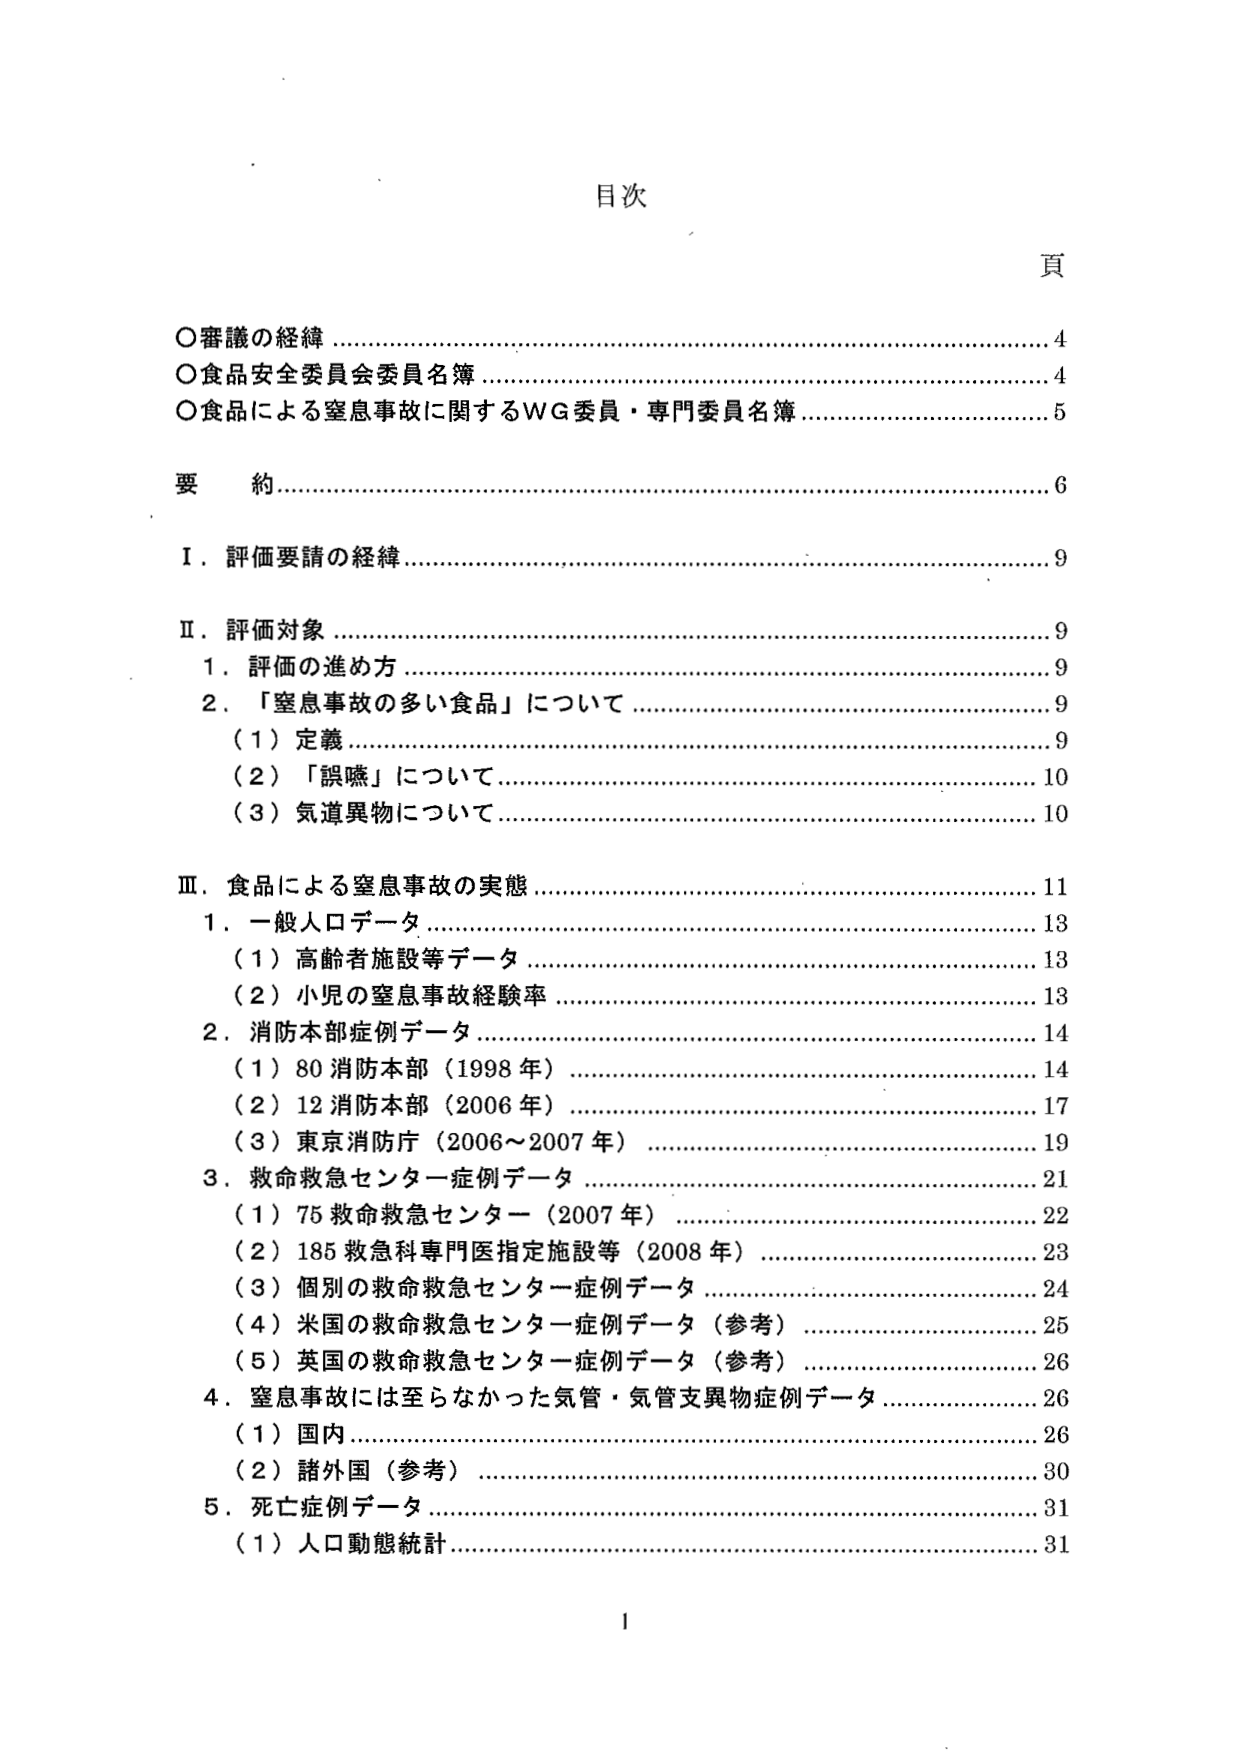
目次

頁

○審議の経緯……………………………………………………………4
○食品安全委員会委員名簿…………………………………………4
○食品による窒息事故に関するWG委員・専門委員名簿…………5

要 約……………………………………………………………………6

Ⅰ．評価要請の経緯……………………………………………………9

Ⅱ．評価対象……………………………………………………………9
　1．評価の進め方……………………………………………………9
　2．「窒息事故の多い食品」について……………………………9
　　（1）定義…………………………………………………………9
　　（2）「誤嚥」について…………………………………………10
　　（3）気道異物について…………………………………………10

Ⅲ．食品による窒息事故の実態………………………………………11
　1．一般人口データ…………………………………………………13
　　（1）高齢者施設等データ………………………………………13
　　（2）小児の窒息事故経験率……………………………………13
　2．消防本部症例データ……………………………………………14
　　（1）80消防本部（1998年）……………………………………14
　　（2）12消防本部（2006年）……………………………………17
　　（3）東京消防庁（2006～2007年）……………………………19
　3．救命救急センター症例データ…………………………………21
　　（1）75救命救急センター（2007年）…………………………22
　　（2）185救急科専門医指定施設等（2008年）…………………23
　　（3）個別の救命救急センター症例データ……………………24
　　（4）米国の救命救急センター症例データ（参考）……………25
　　（5）英国の救命救急センター症例データ（参考）……………26
　4．窒息事故には至らなかった気管・気管支異物症例データ……26
　　（1）国内…………………………………………………………26
　　（2）諸外国（参考）……………………………………………30
　5．死亡症例データ…………………………………………………31
　　（1）人口動態統計………………………………………………31

1